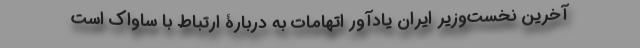
آخرین نخست‌وزیر ایران یادآور اتهامات به دربارۀ ارتباط با ساواک است